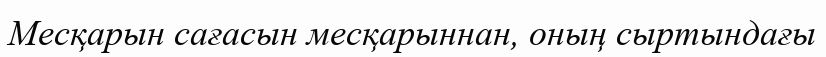
Месқарын сағасын месқарыннан, оның сыртындағы